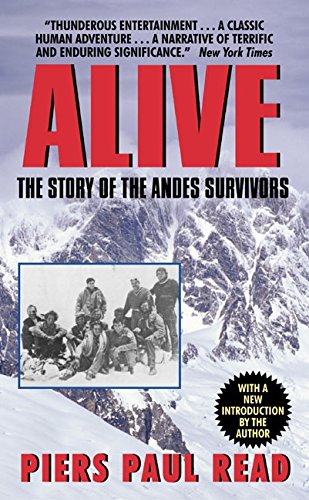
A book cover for Alive: The Story of the Andes Survivors; Piers Paul Read; Biographies & Memoirs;